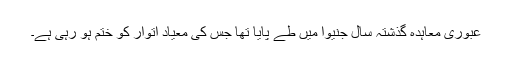
عبوری معاہدہ گذشتہ سال جنیوا میں طے پایا تھا جس کی معیاد اتوار کو ختم ہو رہی ہے۔